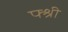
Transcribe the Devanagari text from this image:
फ्श्री